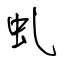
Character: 虬